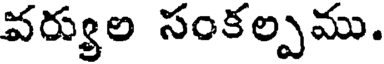
వర్యుల సంకల్పము.